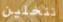
تتخلين